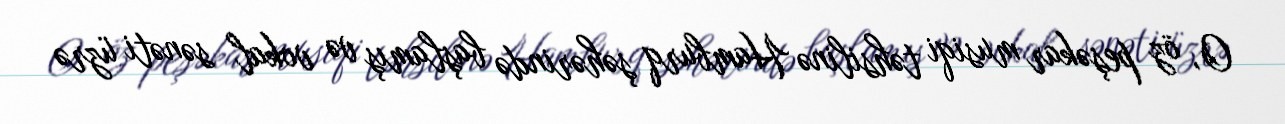
O, öz peşəkar musiqi təhsilinə Hamburq şəhərində başlamış və vokal sənəti üzrə